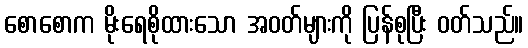
စောစောက မိုးရေစိုထားသော အဝတ်များကို ပြန်စုပြီး ဝတ်သည်။